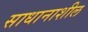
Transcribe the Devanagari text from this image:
साधानाशील